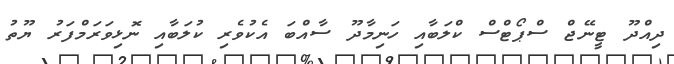
ދިއްދޫ ޓީނޭޖް ސްޕޯޓްސް ކްލަބާއި ހަނިމާދޫ ސާއްބަ އެކުވެރި ކުލަބާއި ނޮޅިވަރަމްފަރު ޔޫތު